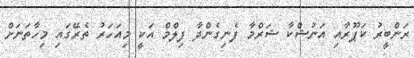
ރަންބީރު ކަޕޫރާއި އަނުޝްކާ ޝަރްމާ ފެނިގެންދާ ފިލްމް އަކީ މިއަހަރު ތެރޭގައި މިހާތަނަށް